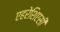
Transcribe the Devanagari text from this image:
एहरेशिएसी